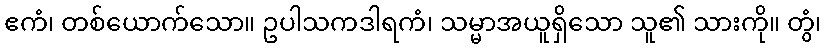
ဧကံ၊ တစ်ယောက်သော။ ဥပါသကဒါရကံ၊ သမ္မာအယူရှိသော သူ၏ သားကို။ တွံ၊